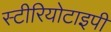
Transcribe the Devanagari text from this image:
स्‍टीरियोटाइपी